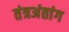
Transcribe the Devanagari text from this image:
तंत्रअंतांग